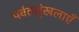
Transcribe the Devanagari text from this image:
पर्वतशृंखलाएँ